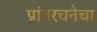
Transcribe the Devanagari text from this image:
प्रांतरचनेचा